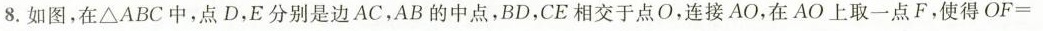
8.如图，在ΔABC中，点D，E分别是边AC，AB的中点，BD，CE相交于点O，连接AO，在AO上取一点F，使得$$O F =